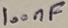
Text: 100nF